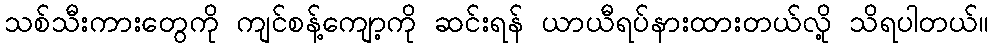
သစ်သီးကားတွေကို ကျင်စန့်ကျော့ကို ဆင်းရန် ယာယီရပ်နားထားတယ်လို့ သိရပါတယ်။